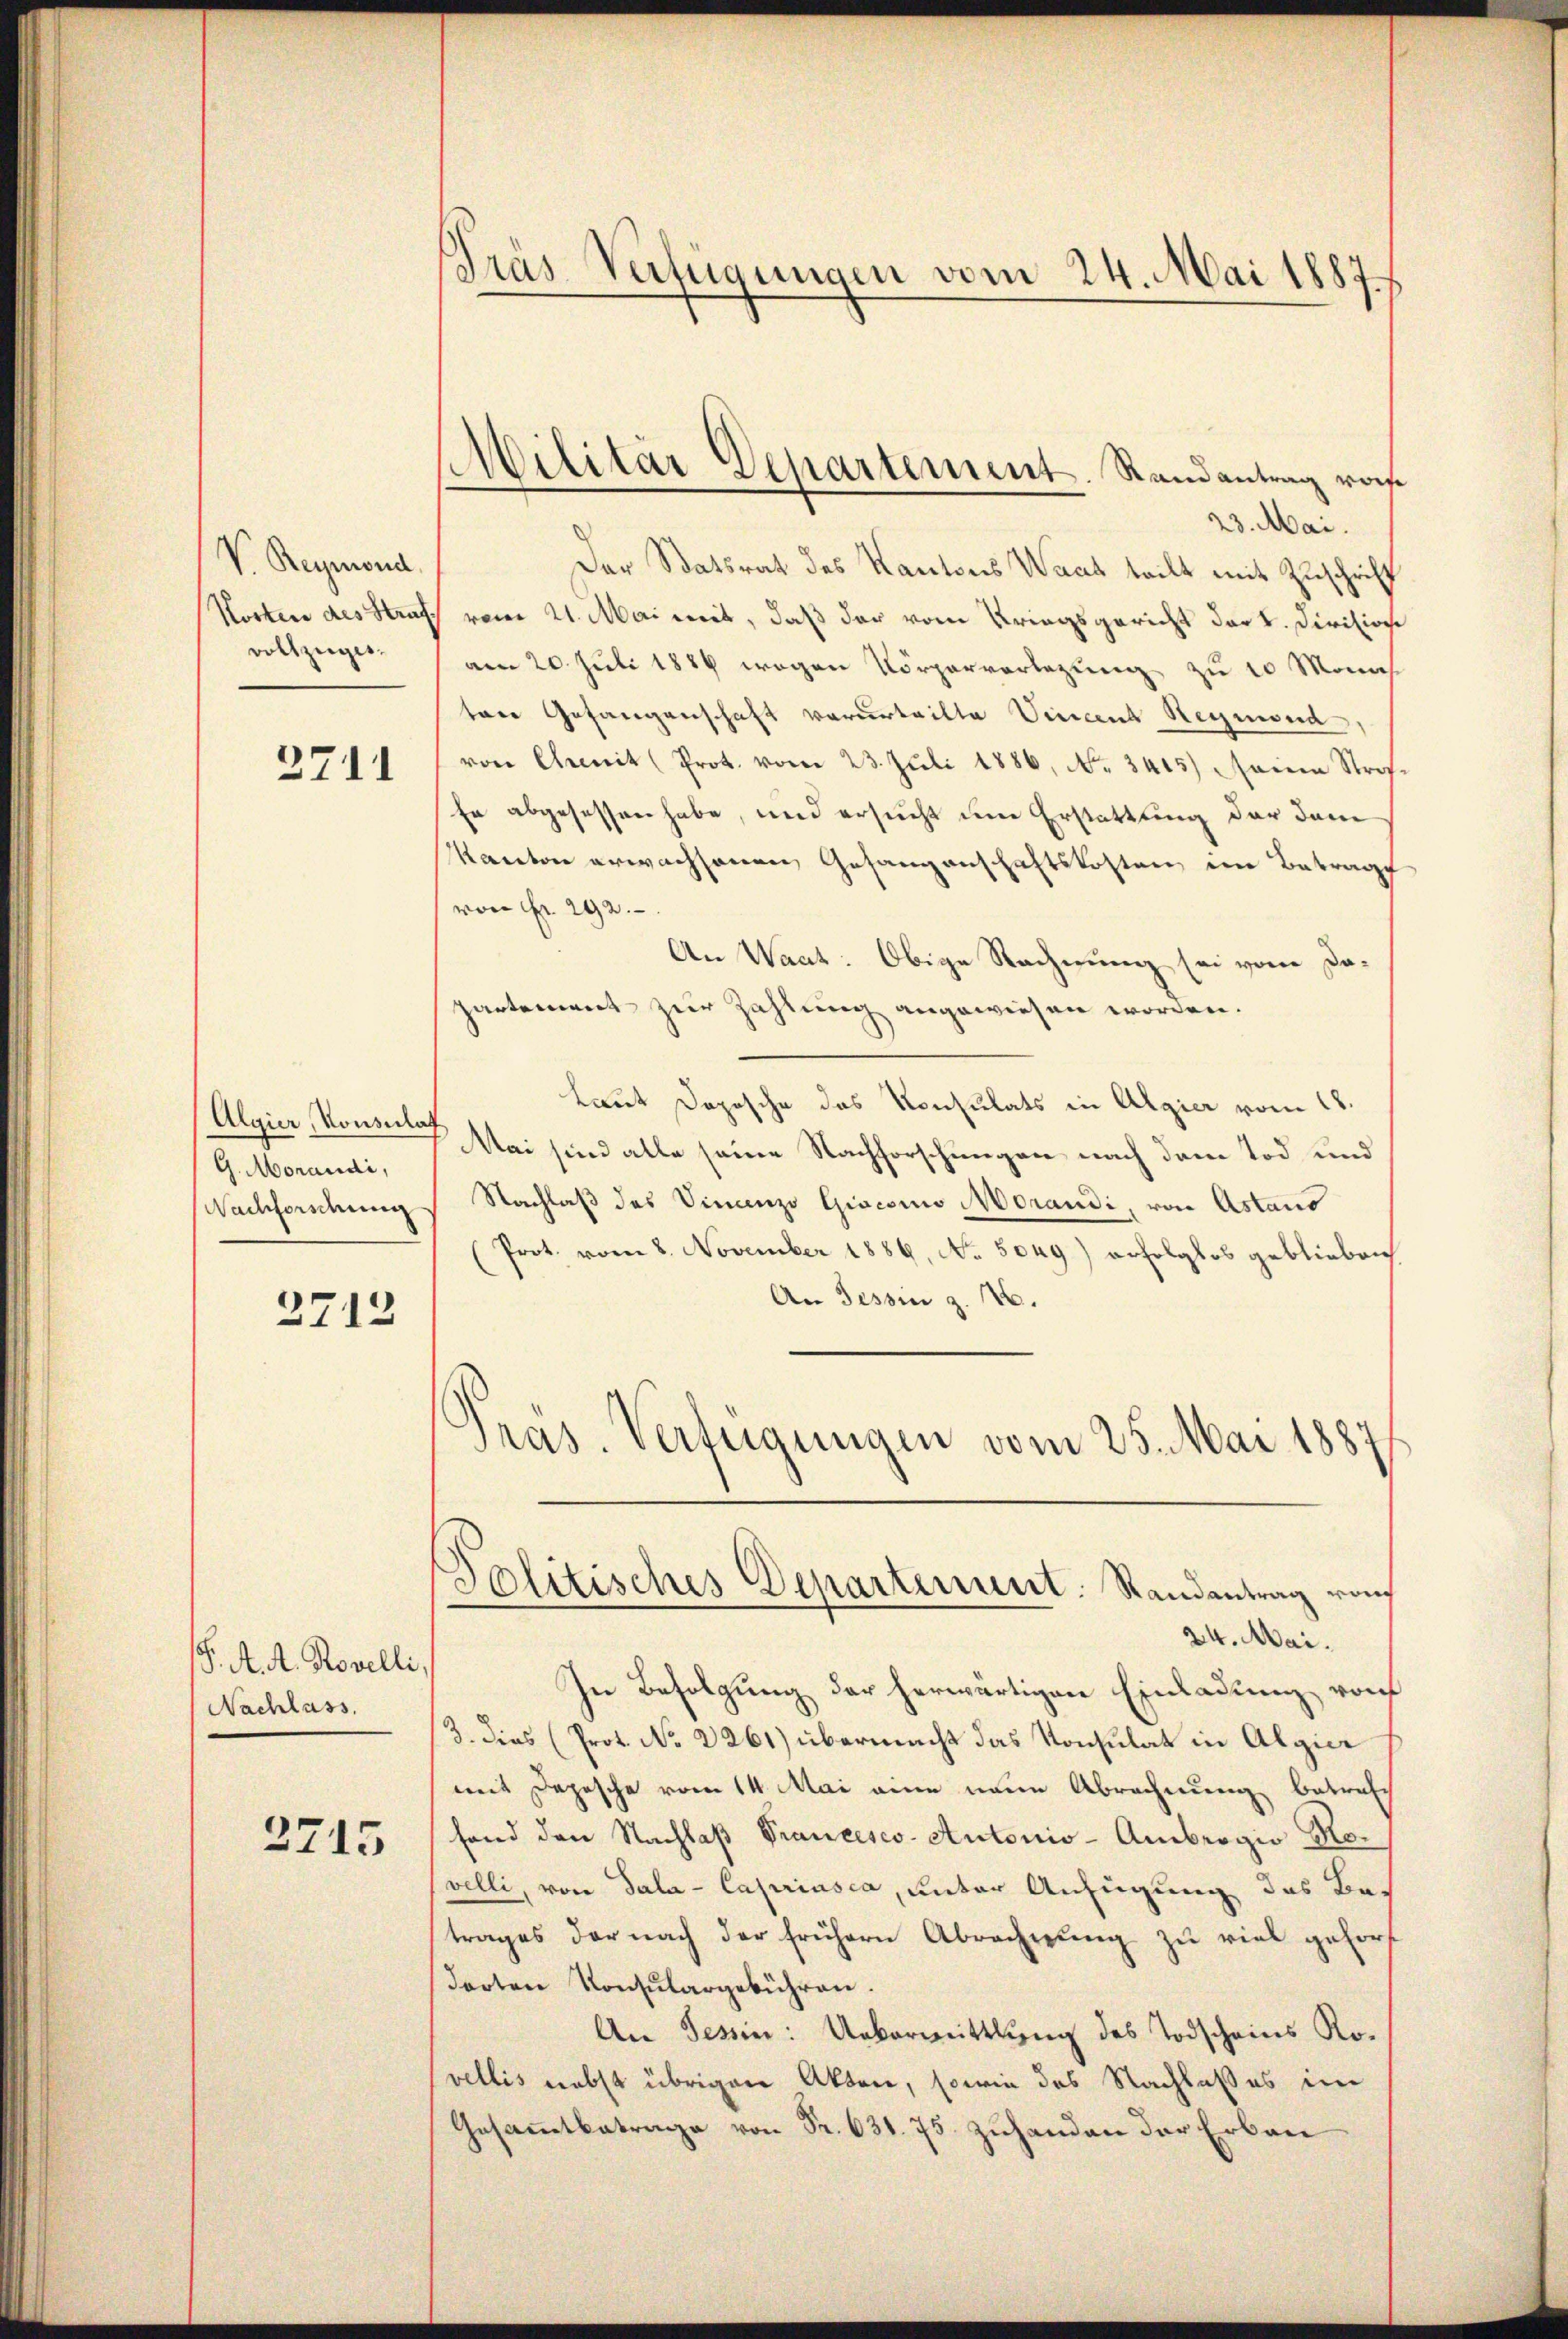
V. Reymond.
Nocken des Strafvollzuges.

2711

Algier Konsulat
G. Morandi,
Nachforschung

3712

S. A. A. Rovelli,
Nachlass.

2715

Pras Verfügungen vom 24. Mai 1887

Militär Departement. Randantrag vom

Politisches Departement. Randantrag rach
24. Mai.

23. Mai.
Der Statsrat des Kantons Waat teilt mit Zuschrift
vom 21. Mai mit, daß der vom Kriegsgericht der k. Division
am 20. Juli 1886 wegen Körperverlegung zu 10 Monas
tere Gefangenschaft verurteilte Vincent Reymond
von Chemit (Prot. vom 23. Juli 1886, No. 3415) seine Stra¬
Er abgesessen habe, und ersucht die Erstattung der dem
Kanton erwachsenen Gesangenschaftskosten im Betrage
von Fr. 292.
An Waat: Obige Rechnung sei von Dapartement zur Zahlung angewiesen worden.
Laut Doposche das Konsulats in Algier vom 18.
Mai sind alle seine Nachforschungen nach dem Tod und
Nachlaß des Finanze Gisesio Morandi, von Astaus
Prot. vom 8. November 1886, No. 5049) erfolglos geblieben
An Tessin z. 16.
Präs. Verfügungen vom 25. Mai 1887

In Befolgung der herwärtigen Einladung von
3. Dies (Prot. No 2261) übermacht das Konsulat in Algie
mit Depesche vom 14. Mai eine neue Abrechnung betref
fand den Nachlaß Prancesco- Autonio-Ambrogio Rovelli, von Sala - Capriusca, unter Anfügung des Be-
trages der nach der frühern Abrechnŭng zu viel gehors
darten Konsŭlargebühren.
An Tessin: Uebermittlung des Todscheins Rovellis nebst übrigen Akten, sowie das Nachlaßes im
Gesammtbetrage von Fr. 631. 75. zuhanden der Erbau